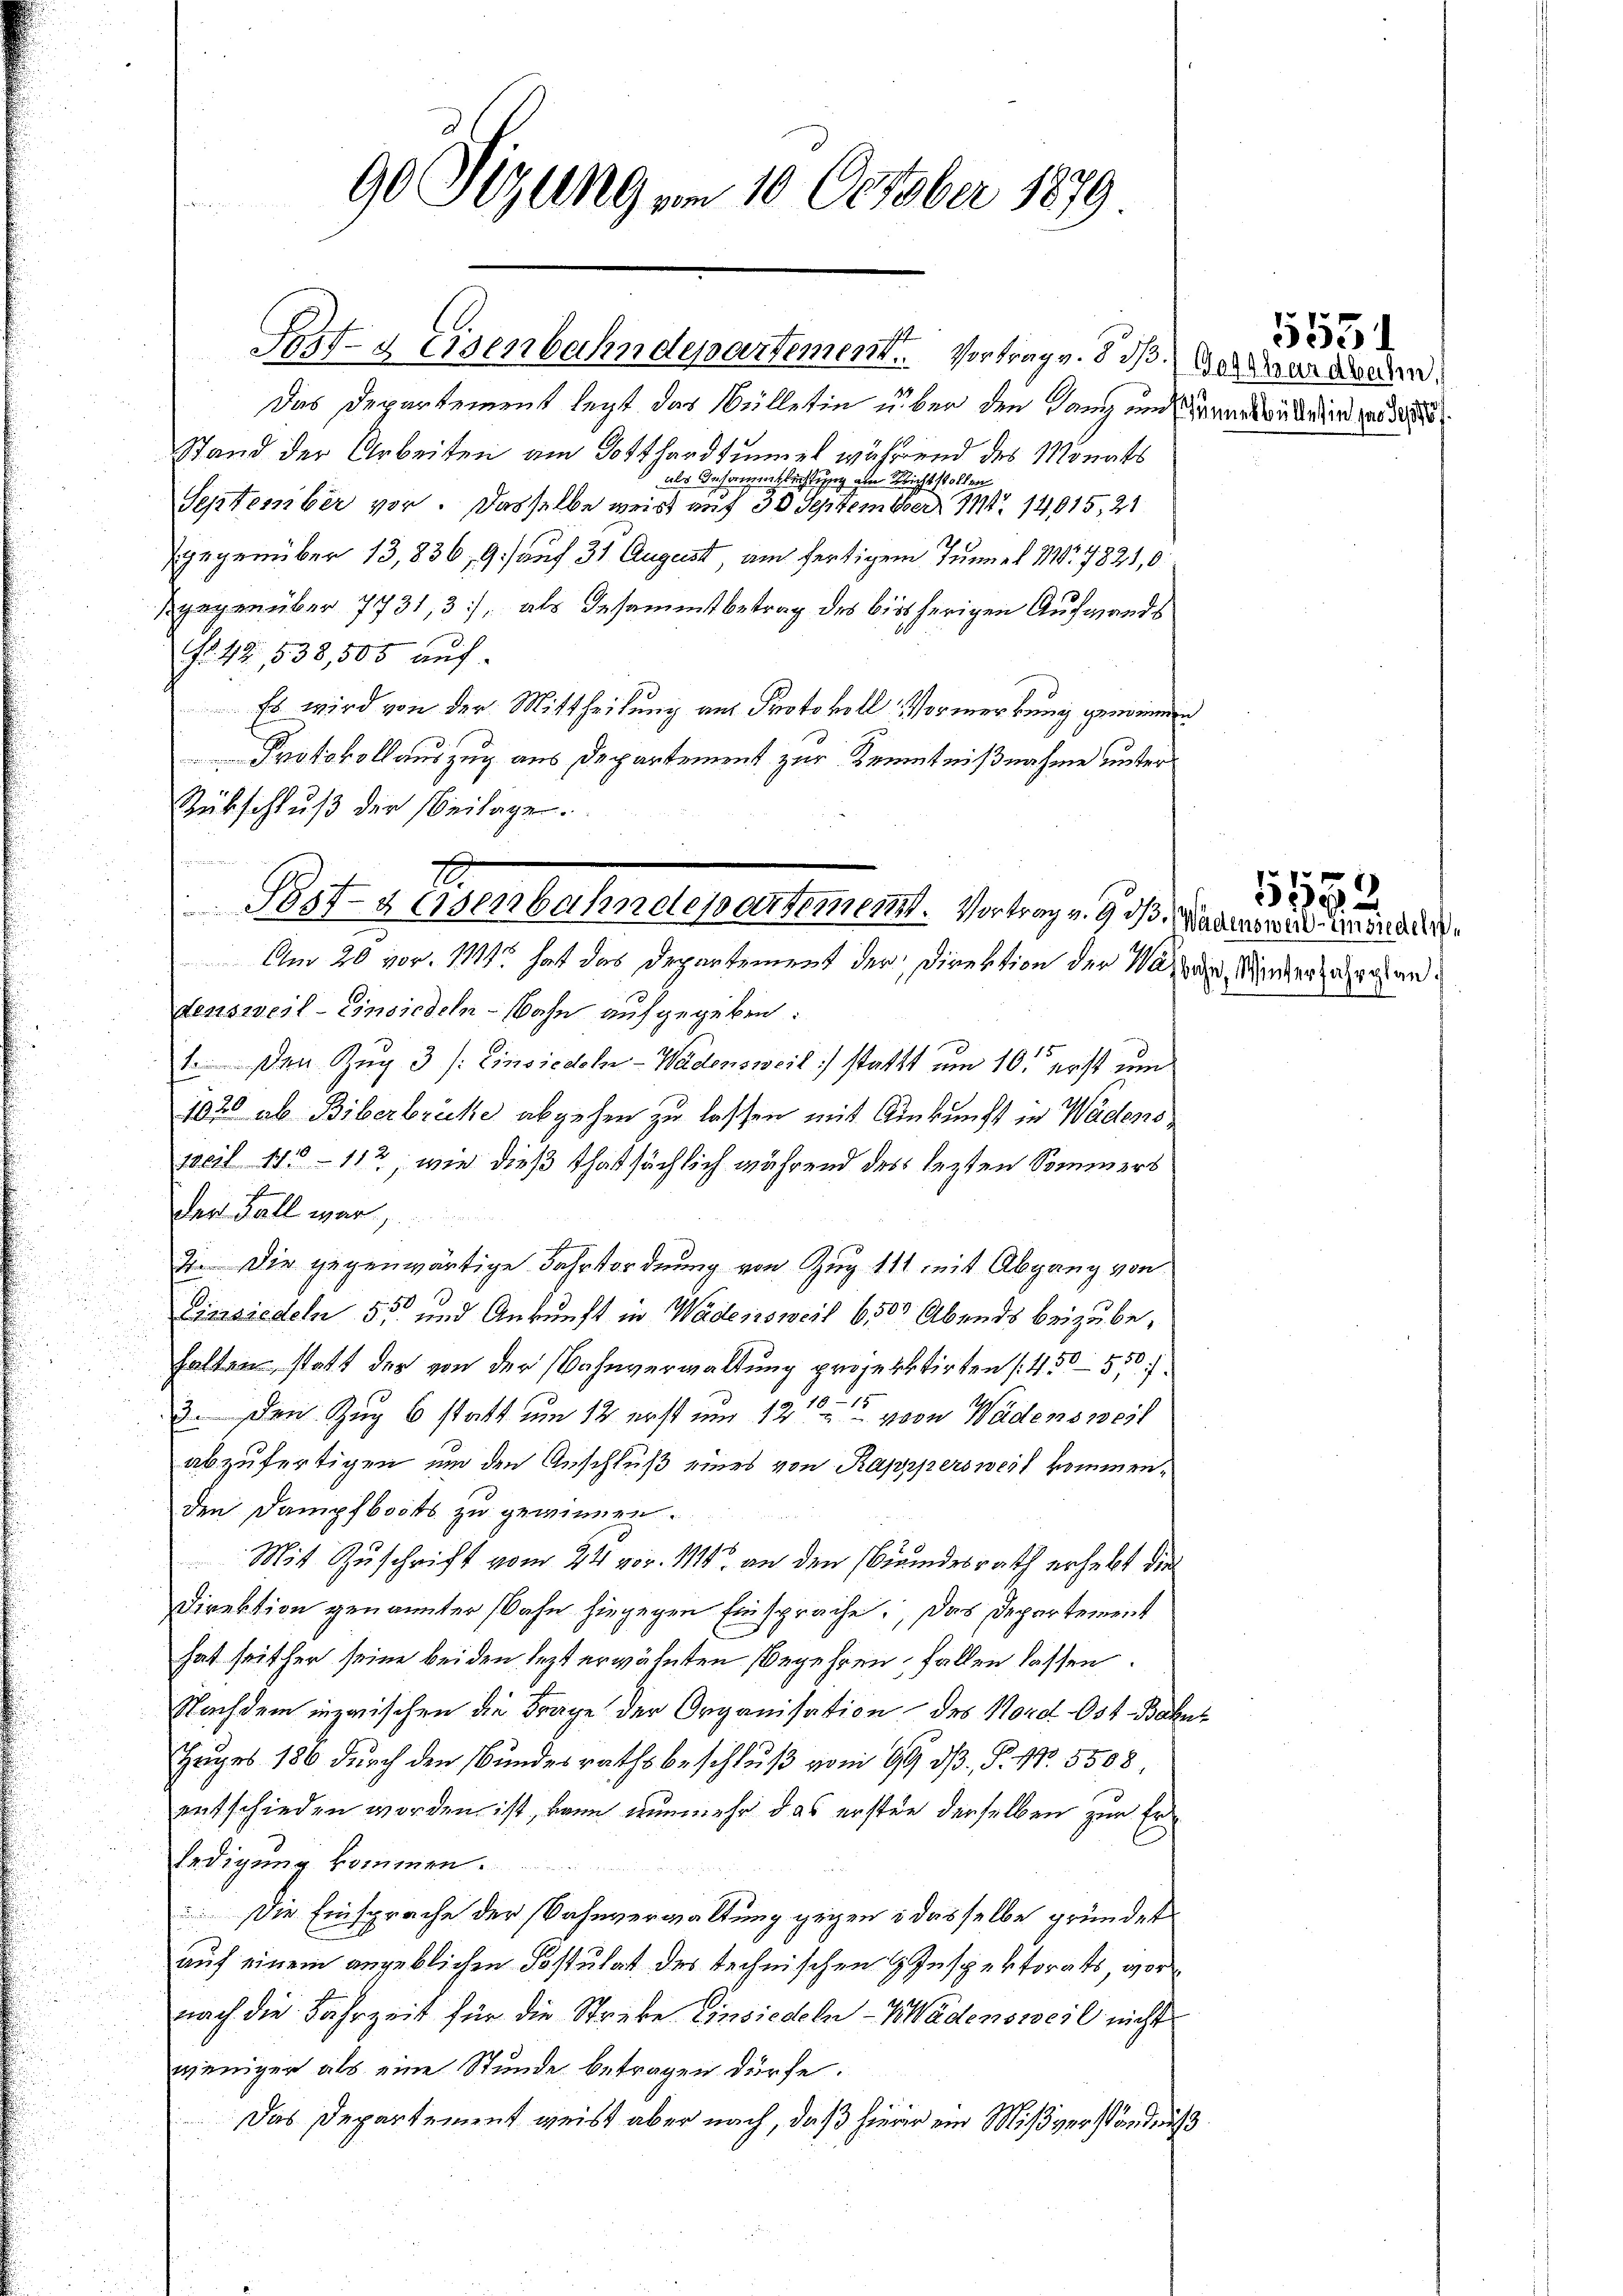
u

90 Sizung vom 10. October 1879.

Fritz Eisenbahndepartement. Vortrag v. dr Baader werden.

Das Departement legt das Meilletin über den Lang und anerbindung d
Stand der Arbeiten am Gotthardtumel während des Monats
als Insammtlichtung am Nichtstollen
September vor. Dasselbe weis auf 30 September 111 14015, 21
gegenüber 13,836, 9) auf 31 August, auch fertigem Tunnel 17821,0
.
gegenüber 7731, 3), als Gesammtbetrag des bisherigen Aufwands
Nr. 42. 538,505 auf
Es wird von der Mittheilung aus Protokoll Vormerkung genommen
Protokollauszug aus Departement zur Kenntnißnahme unter
Rübschluß der Beilagen.
densweil–Einsiedeln - Bahn aufgegeben:
1. Den Zug 3 /: Einsiedeln - Wädensweil: stattt um 10. erst um
1020 ab Biberbrüche abgehen zu lassen mit Auskunft in Weidens
weil 410 - 112, wie dieß thatsächlich während des lezten Sommers
der Fall war,
71. Die gegenwärtige Jahrsordnung von Zug 111 mit Abgang von
Eiersiedeln 55 und Ankunft in Wädensweil 6500 Abends beizubehalten statt der von der Wahnverwaltung projektirten 450550.
3. den Zug 6 statt um 12 erst um 12ten von Wädensweil
abzufertigen um den Anschluß eines von Rappersweil kommenden Dampfboots zu gewinnen.
Mit Zuschrift vom 24. vor. Mts. an den Bundesrath erhebt die
Direktion genannter Bahn hingegen Einsprache. Das Departement
hat seither seine beiden lezt erwähnten Begehren, fallen lassen.
Nachdem inzwischen die Frage der Organisation des Nord Ost Bahn¬
Huges 186 durch den Bundesrathsbeschluß vom 9. dβ, P. Nr. 5508,
entschieden worden ist, kann nunmehr das ersten derselben zur Erledigung kommen.
 Die Einsprache der Bahnverwaltung gegen & dasselbe gründet
auf einem angeblichen Postulat des technischen Inspektorats, vornach die Fahrzeit für die Streke Einsiedeln - Wädensweil nicht
weniger als eine Stunde betragen dürfe.
Das Departement geist aber nach, daß hierir ein Mißverständniß

Post & Eisenbahneterartement. Vortrag v. 9. ds. Mandammand vor der di
Am 20 vor. 1811 hat das Departement der Direktion der Vater Winterzahlen

5531

1552